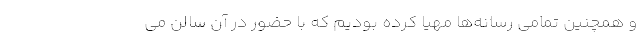
و همچنین تمامی رسانه‌ها مهیا کرده بودیم که با حضور در آن سالن می‌